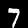
Label: 7